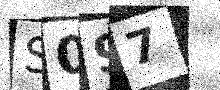
Text: S097